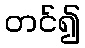
တင်၍